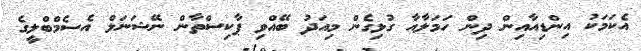
އެކަމަކު އިންޑިއާއިން ދިން ހަމަލާއާ ގުޅިގެން މިއަދު ބޭއްވި ޕާކިސްތާން ނޭޝަނަލް އެސެމްބްލީގެ